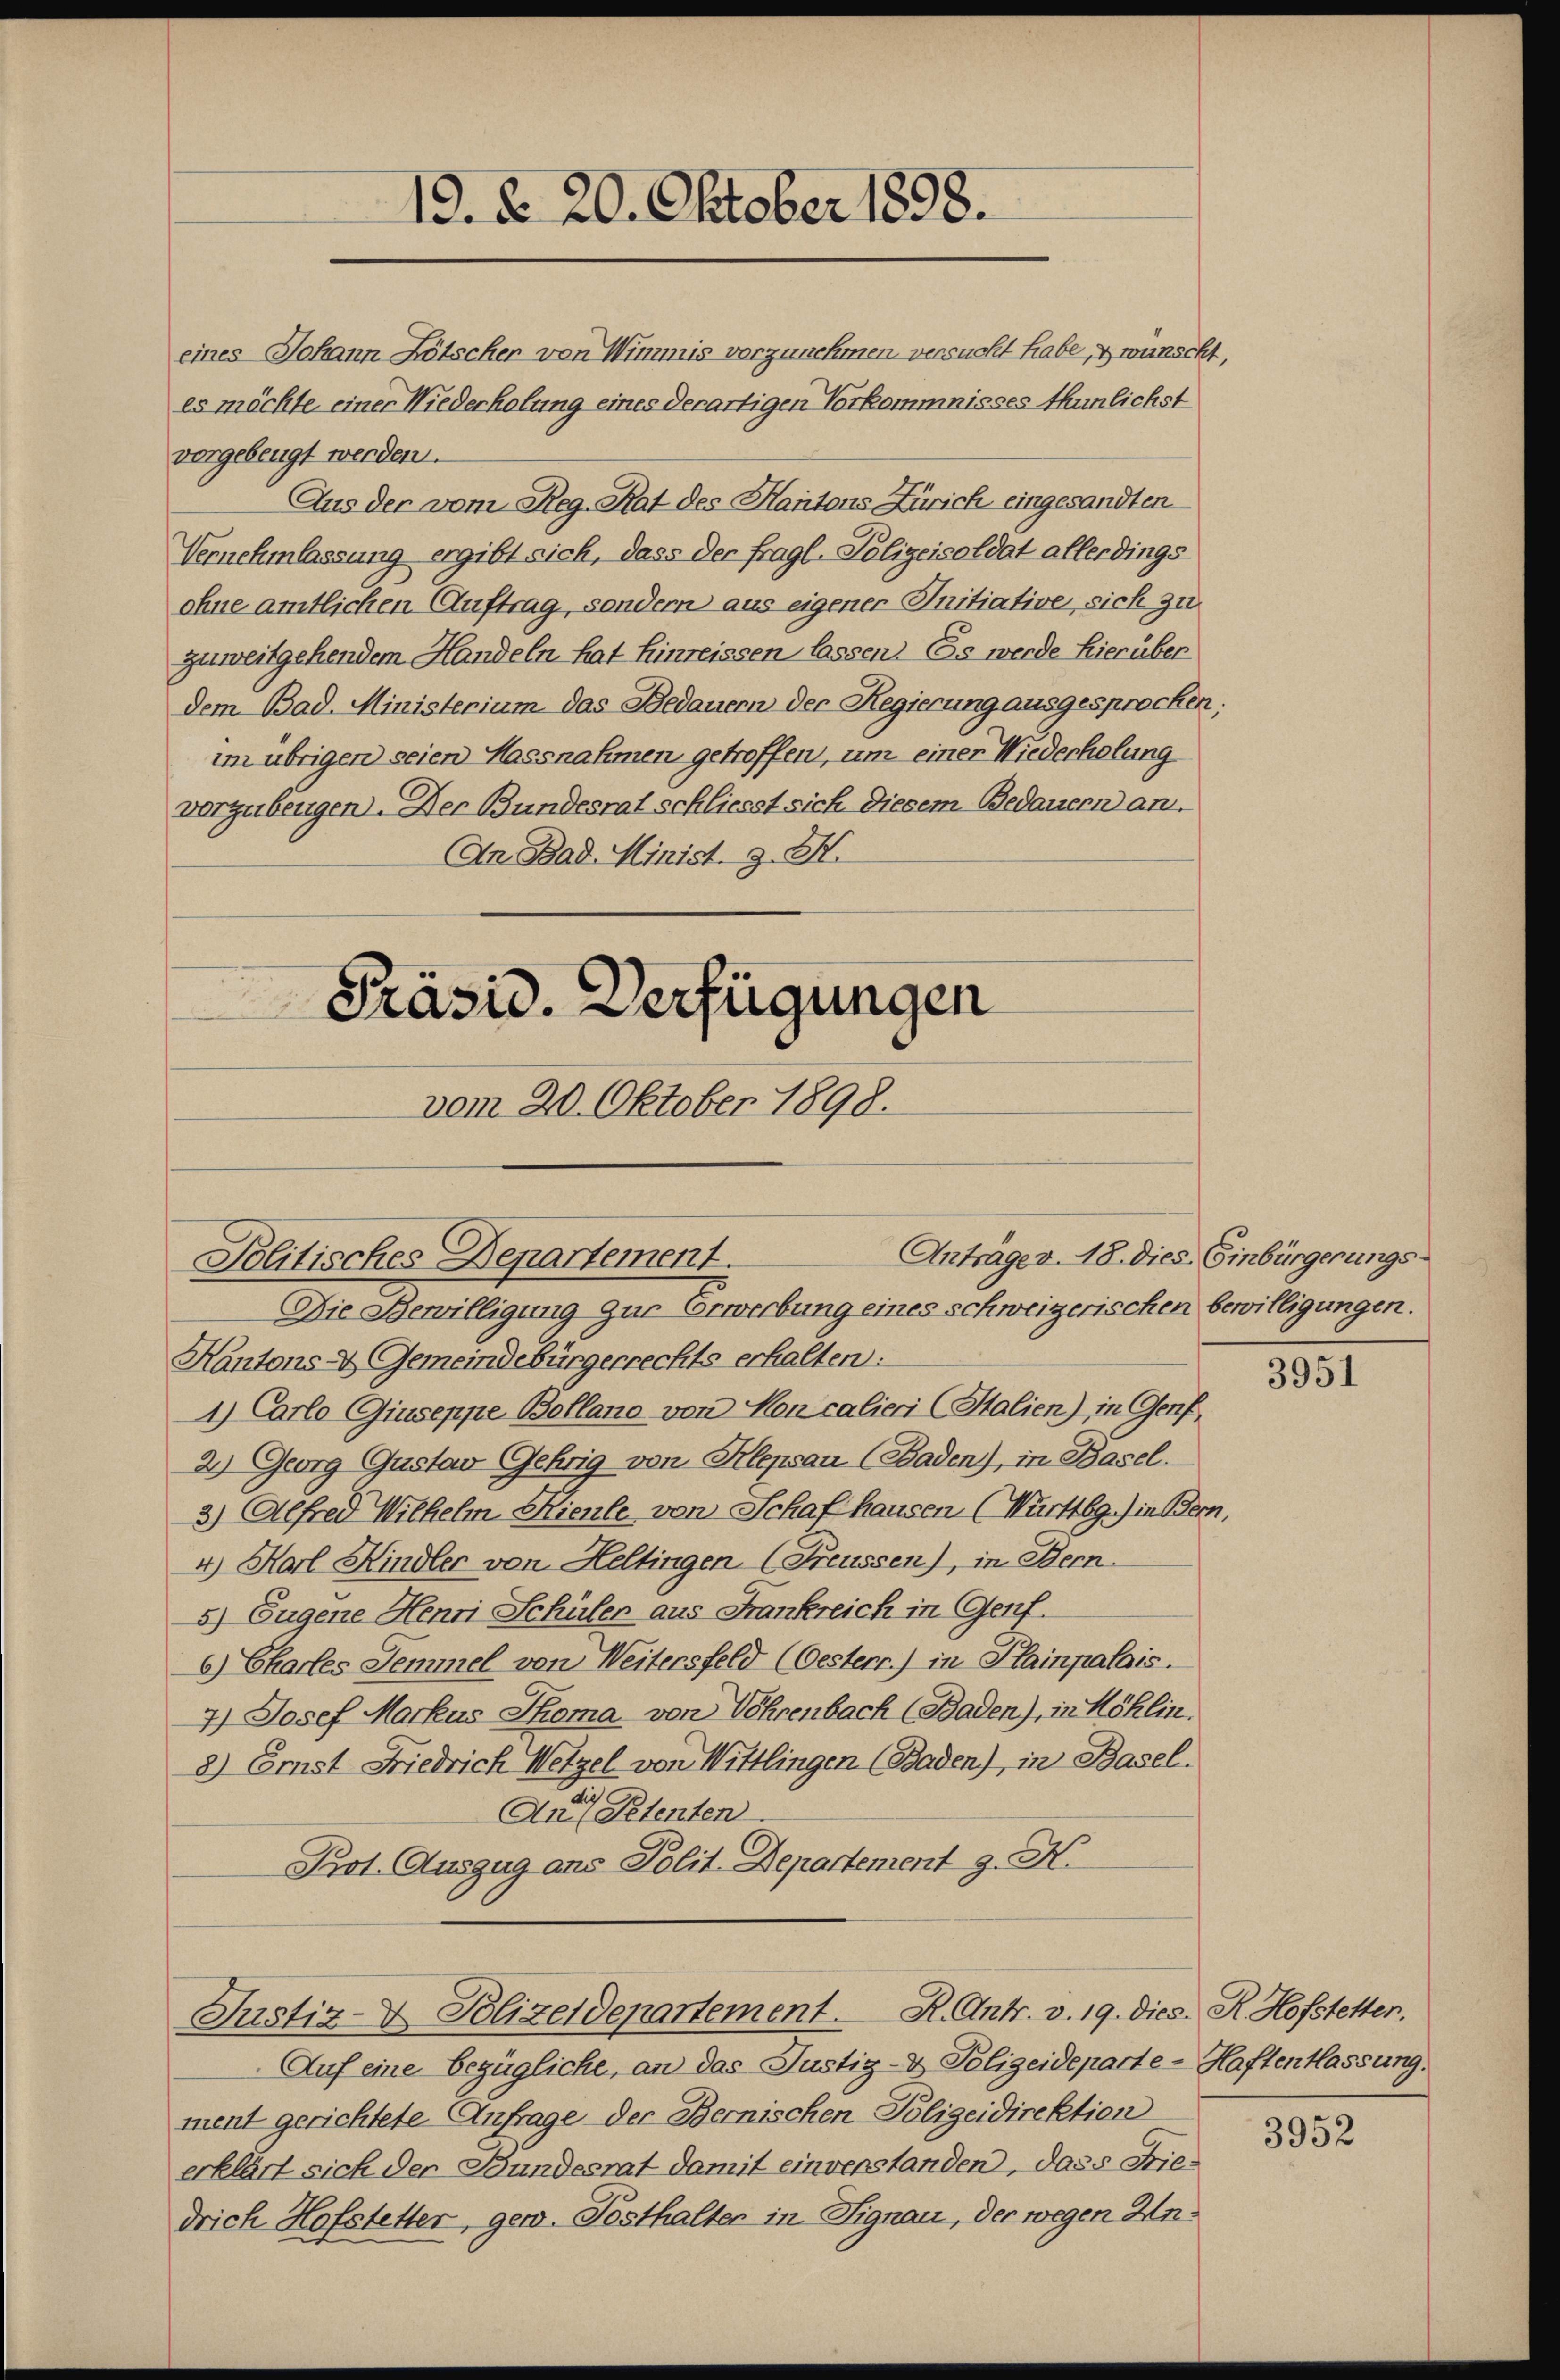
eines Johann Lötscher von Wimmis vorzunehmen versucht habe, wünscht
es möchte einer Niederholung eines derartigen Vorkommnisses thunlichst
vergebeugt werden.
Aus der vom Reg. Rat des Kantons Zürich eingesandten
Vernehmlassung ergibt sich, dass der fragl. Polizeisoldat allerdings
ohne amtlichen Auftrag, sondern aus eigener Initiative, sich zu
zuweitgehendem Handeln hat hinreissen lassen. Es werde hierüber
dem Bad. Ministerium das Bedauern der Regierung ausgesprocken;
im übrigen seien Massnahmen getroffen, um einer Wiederholung
vorzubeugen. Der Bundesrat schliesst sich diesem Bedauern an.
An Bad. Minist. Z. M.
Präsid. Verfügungen

19. d. 20. Oktober 1858.

Politisches Departement.
Die Bewilligung zur Erwerbung eines schweizerischen bewilligungen.

vom 20. Oktober 1898.

Anträge v. 18. dies Einbürgerungs-
Kantons - Gemeindebürgerrechts erhalten:
1) Carlo Giuseppe Bollano von Moncalieri (Stalien) in Genf,
2.) Georg Gustav Gehrig von Klepsau (Baden), in Basel.
3) Alfred Wilhelm Hienle, von Schaf hausen (Württbg.) in Bern,
4.) Harl Kindler von Heltingen (Freussen), in Bern.
5) Eugene Henri Schülen aus Frankreich in Genf.
6.) Chartes Semmel von Weitersfeld (Oesterr.) in Plainpalais.
7.) Josef Markus Thoma von Wehrenbach (Baden), in Köklin.
8) Erst Friedrich Wetzel von Wittlingen (Baden), in Basel.
die
Auf Petenten
Pot. Auszug ans Polit. Departement J. H.
Justiz-V. Polizeidepartement. R. Antr. v. 19. dies. R. Hofstetten.
Auf eine bezügliche, an das Justiz- & Polizeideparte - Haftentlassung.
ment gerichtete Anfrage der Bernischen Polizeidirektion
erklärt sich der Bundesrat damit einverstanden, dass Friedrich Hofstetter, gew. Posthalten in Signau, der wegen An¬

3951

4.

3952